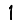
Digit: 1